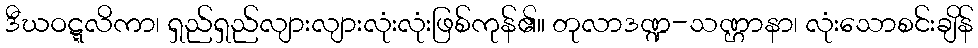
ဒီဃဝဋ္ဋလိကာ၊ ရှည်ရှည်လျားလျားလုံးလုံးဖြစ်ကုန်၏။ တုလာဒဏ္ဍ-သဏ္ဌာနာ၊ လုံးသောစင်းချိန်